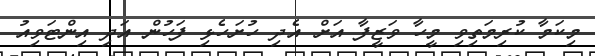
މިކަމާ ކުރިމަތިވި މީހާ ވަޒީފާ އަށް އެދި ހުށަހެޅި ފަހުން އަދި އިންޓަވިއު